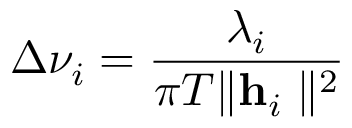
\Delta \nu _ { i } = \frac { \lambda _ { i } } { \pi T \mathbf \parallel \mathbf { h } _ { i } \parallel ^ { 2 } }